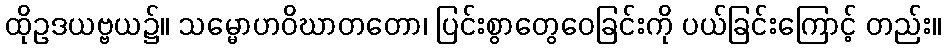
ထိုဥဒယဗ္ဗယ၌။ သမ္မောဟဝိဃာတတော၊ ပြင်းစွာတွေဝေခြင်းကို ပယ်ခြင်းကြောင့် တည်း။